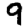
Digit: 9